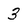
Character: 3